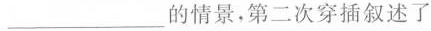
___的情景，第二次穿插叙述了